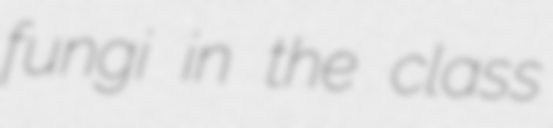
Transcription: fungi in the class